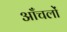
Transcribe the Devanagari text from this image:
आँचलों